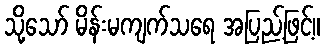
သို့သော် မိန်းမကျက်သရေ အပြည့်ဖြင့်။